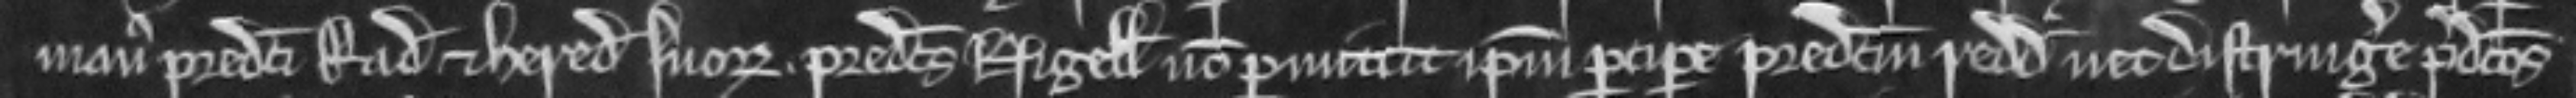
manus predicti Radulfi et heredum suorum. predictus Nigellus non permittit ipsum percipere predictum redditum nec distringere predictos